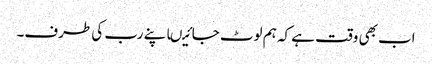
اب بھی وقت ہے کہ ہم لوٹ جائیںاپنے رب کی طرف۔